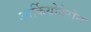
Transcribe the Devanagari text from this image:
आर्कियोतेरोन